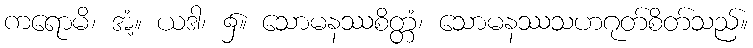
ကရောမိ၊ အံ့။ ယဒါ၊ ၌။ သောမနဿစိတ္တံ၊ သောမနဿသဟဂုတ်စိတ်သည်။